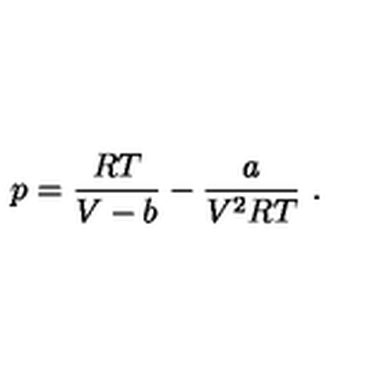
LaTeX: p = { \frac { R T } { V - b } } - { \frac { a } { V ^ { 2 } R T } } \ .